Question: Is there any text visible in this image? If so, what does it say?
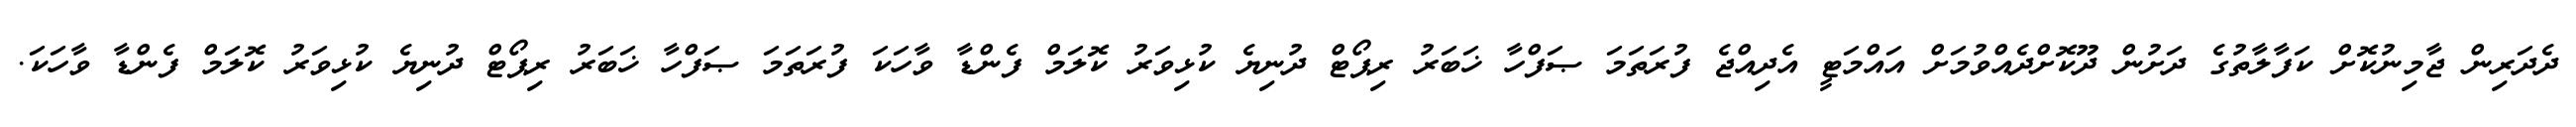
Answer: ދެދަރިން ޖާމިނުކޮށް ކަފާލާތުގެ ދަށުން ދޫކޮށްދެއްވުމަށް އައްމަޓީ އެދިއްޖެ ފުރަތަމަ ޞަފްހާ ޚަބަރު ރިޕޯޓް ދުނިޔެ ކުޅިވަރު ކޮލަމް ފެންޑާ ވާހަކަ ފުރަތަމަ ޞަފްހާ ޚަބަރު ރިޕޯޓް ދުނިޔެ ކުޅިވަރު ކޮލަމް ފެންޑާ ވާހަކަ.